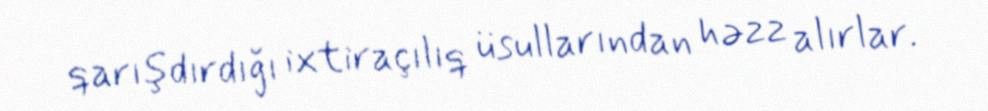
qarışdırdığı ixtiraçılıq üsullarından həzz alırlar.